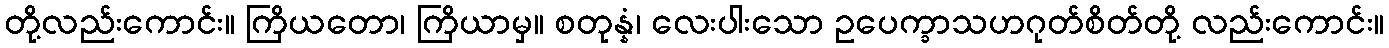
တို့လည်းကောင်း။ ကြိယတော၊ ကြိယာမှ။ စတုန္နံ၊ လေးပါးသော ဥပေက္ခာသဟဂုတ်စိတ်တို့ လည်းကောင်း။